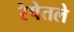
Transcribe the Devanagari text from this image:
रेषेतले